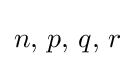
n,\,p,\,q,\,r